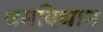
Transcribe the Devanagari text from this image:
श्रमविधान